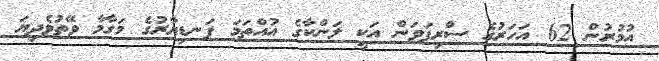
އުމުރުން 62 އަހަރުގެ ސްރިޕަވަން އަކީ ލަންކާގެ އުއްތަމަ ފަނޑިޔާރުގެ މަގާމާ ވޭތުވެދިޔަ